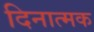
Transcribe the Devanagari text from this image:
दिनात्मक